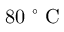
8 0 ~ ^ { \circ } \mathrm { ~ C ~ }